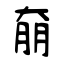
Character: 奟